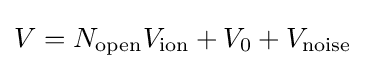
V=N_{\text{open}}V_{\text{ion}}+V_{0}+V_{\text{noise}}